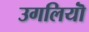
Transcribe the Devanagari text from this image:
उगलियॊं